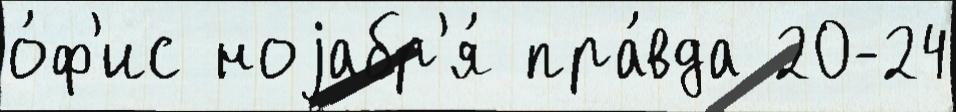
о́ф'ис ноjабр'я́ пра́вда 20-24